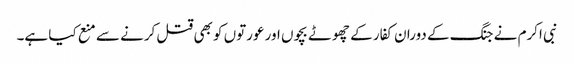
نبی اکرم نے جنگ کے دوران کفار کے چھوٹے بچوں اور عورتوں کو بھی قتل کرنے سے منع کیا ہے۔